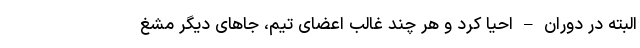
البته در دوران – احیا کرد و هر چند غالب اعضای تیم، جاهای دیگر مشغ